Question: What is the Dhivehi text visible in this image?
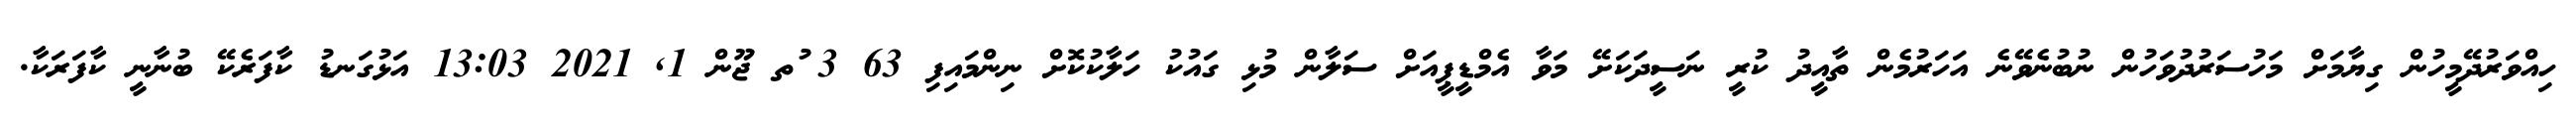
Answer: ހިއްވަރުދޭމީހުން ގިޔާމަށް މަހުސަރުދުވަހުން ނުބުނެވޭނެ އަހަރުމެން ތާއީދު ކުރީ ނަސީދަކަށޭ މަވާ އެމްޑީޕީއަށް ސަލާން މުޅި ގައުކު ހަލާކުކޮށް ނިންމައިފި 63 3 ުތ ޖޫން 1, 2021 13:03 އަޅުގަނޑު ކާފަރެކޭ ބުނާނީ ކާފަރަކާ.